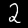
Digit: 2